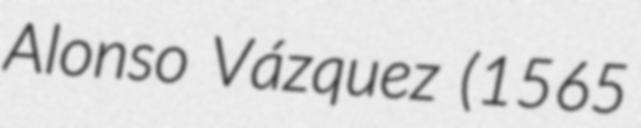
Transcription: Alonso Vázquez (1565